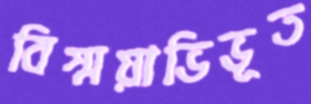
বিস্ময়াভিভূত